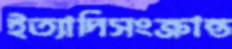
ইত্যাদিসংক্রান্ত